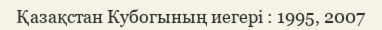
Қазақстан Кубогының иегері : 1995, 2007